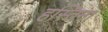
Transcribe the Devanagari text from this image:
हस्तिना